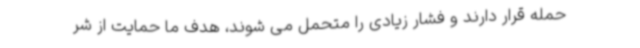
حمله قرار دارند و فشار زیادی را متحمل می شوند، هدف ما حمایت از شر